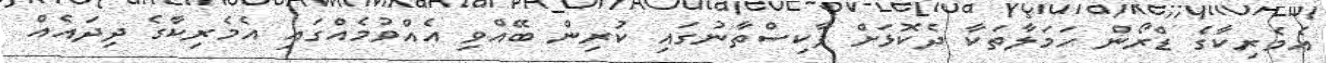
އެމެރިކާގެ ޑްރޯން ހަމަލާތަކާ ދެކޮޅަށް ޕާކިސްތާނުގައި ކުރިން ބޭއްވި އެއްވުމެއްގައި އެމެރިކާގެ ދިދައެއް